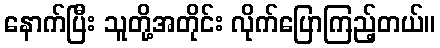
နောက်ပြီး သူတို့အတိုင်း လိုက်ပြောကြည့်တယ်။